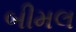
બીમલ